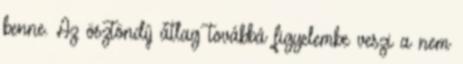
benne. Az ösztöndíj átlag továbbá figyelembe veszi a nem